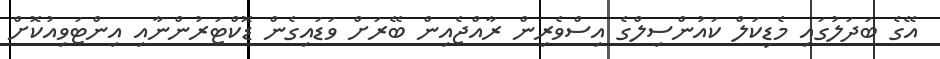
އޭގެ ބަދަލުގައި މެޑިކަލް ކައުންސިލްގެ އިސްވެރިން ރާއްޖެއިން ބޭރަށް ވަޑައިގެން ޑޮކްޓަރުންނާއި އިންޓަވިއުކޮށް